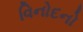
વિનોદનો